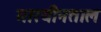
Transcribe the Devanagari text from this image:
मारयीनताल